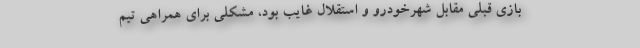
بازی قبلی مقابل شهرخودرو و استقلال غایب بود، مشکلی برای همراهی تیم